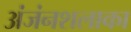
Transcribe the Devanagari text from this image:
अंजंनशलाका